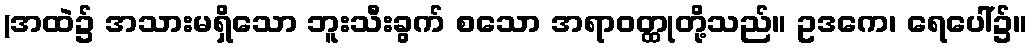
(အထဲ၌ အသားမရှိသော ဘူးသီးခွက် စသော အရာဝတ္ထုတို့သည်။ ဥဒကေ၊ ရေပေါ်၌။